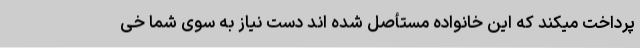
پرداخت میکند که این خانواده مستأصل شده اند دست نیاز به سوی شما خی